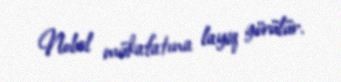
Nobel mükafatına layiq görülür.